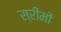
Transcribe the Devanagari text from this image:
स्रीमों